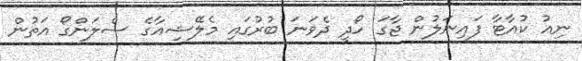
ނިއު ކުއާޓާ ފައިނަލުން ޖާގަ ހޯދީ ދެވަނަ ބުރުގައި މެލޭޝިއާގެ ސެލަންގޯ އަތުން